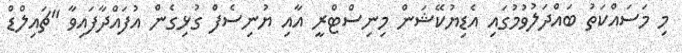
މި މަސައްކަތު ބައްދަލުވުމުގައި އެޑިޔުކޭޝަން މިނިސްޓްރީ އާއި ޔުނިސެފް ގުޅިގެން އުފައްދާފައިވާ "ޗައިލްޑް